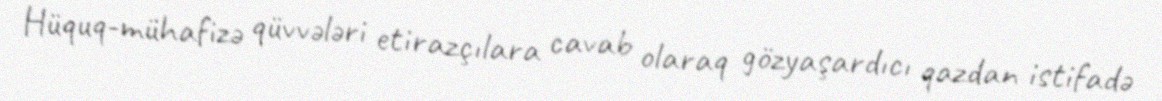
Hüquq-mühafizə qüvvələri etirazçılara cavab olaraq gözyaşardıcı qazdan istifadə